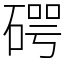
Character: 𥔲